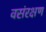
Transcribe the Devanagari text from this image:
वसंरक्षण